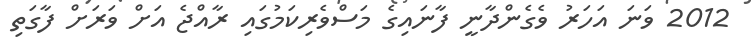
2012 ވަނަ އަހަރު ވެގެންދާނީ ފާނައިގެ މަސްވެރިކަމުގައި ރާއްޖެ އަށް ވަރަށް ފާގަތި